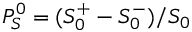
P _ { S } ^ { 0 } = ( S _ { 0 } ^ { + } - S _ { 0 } ^ { - } ) / S _ { 0 }